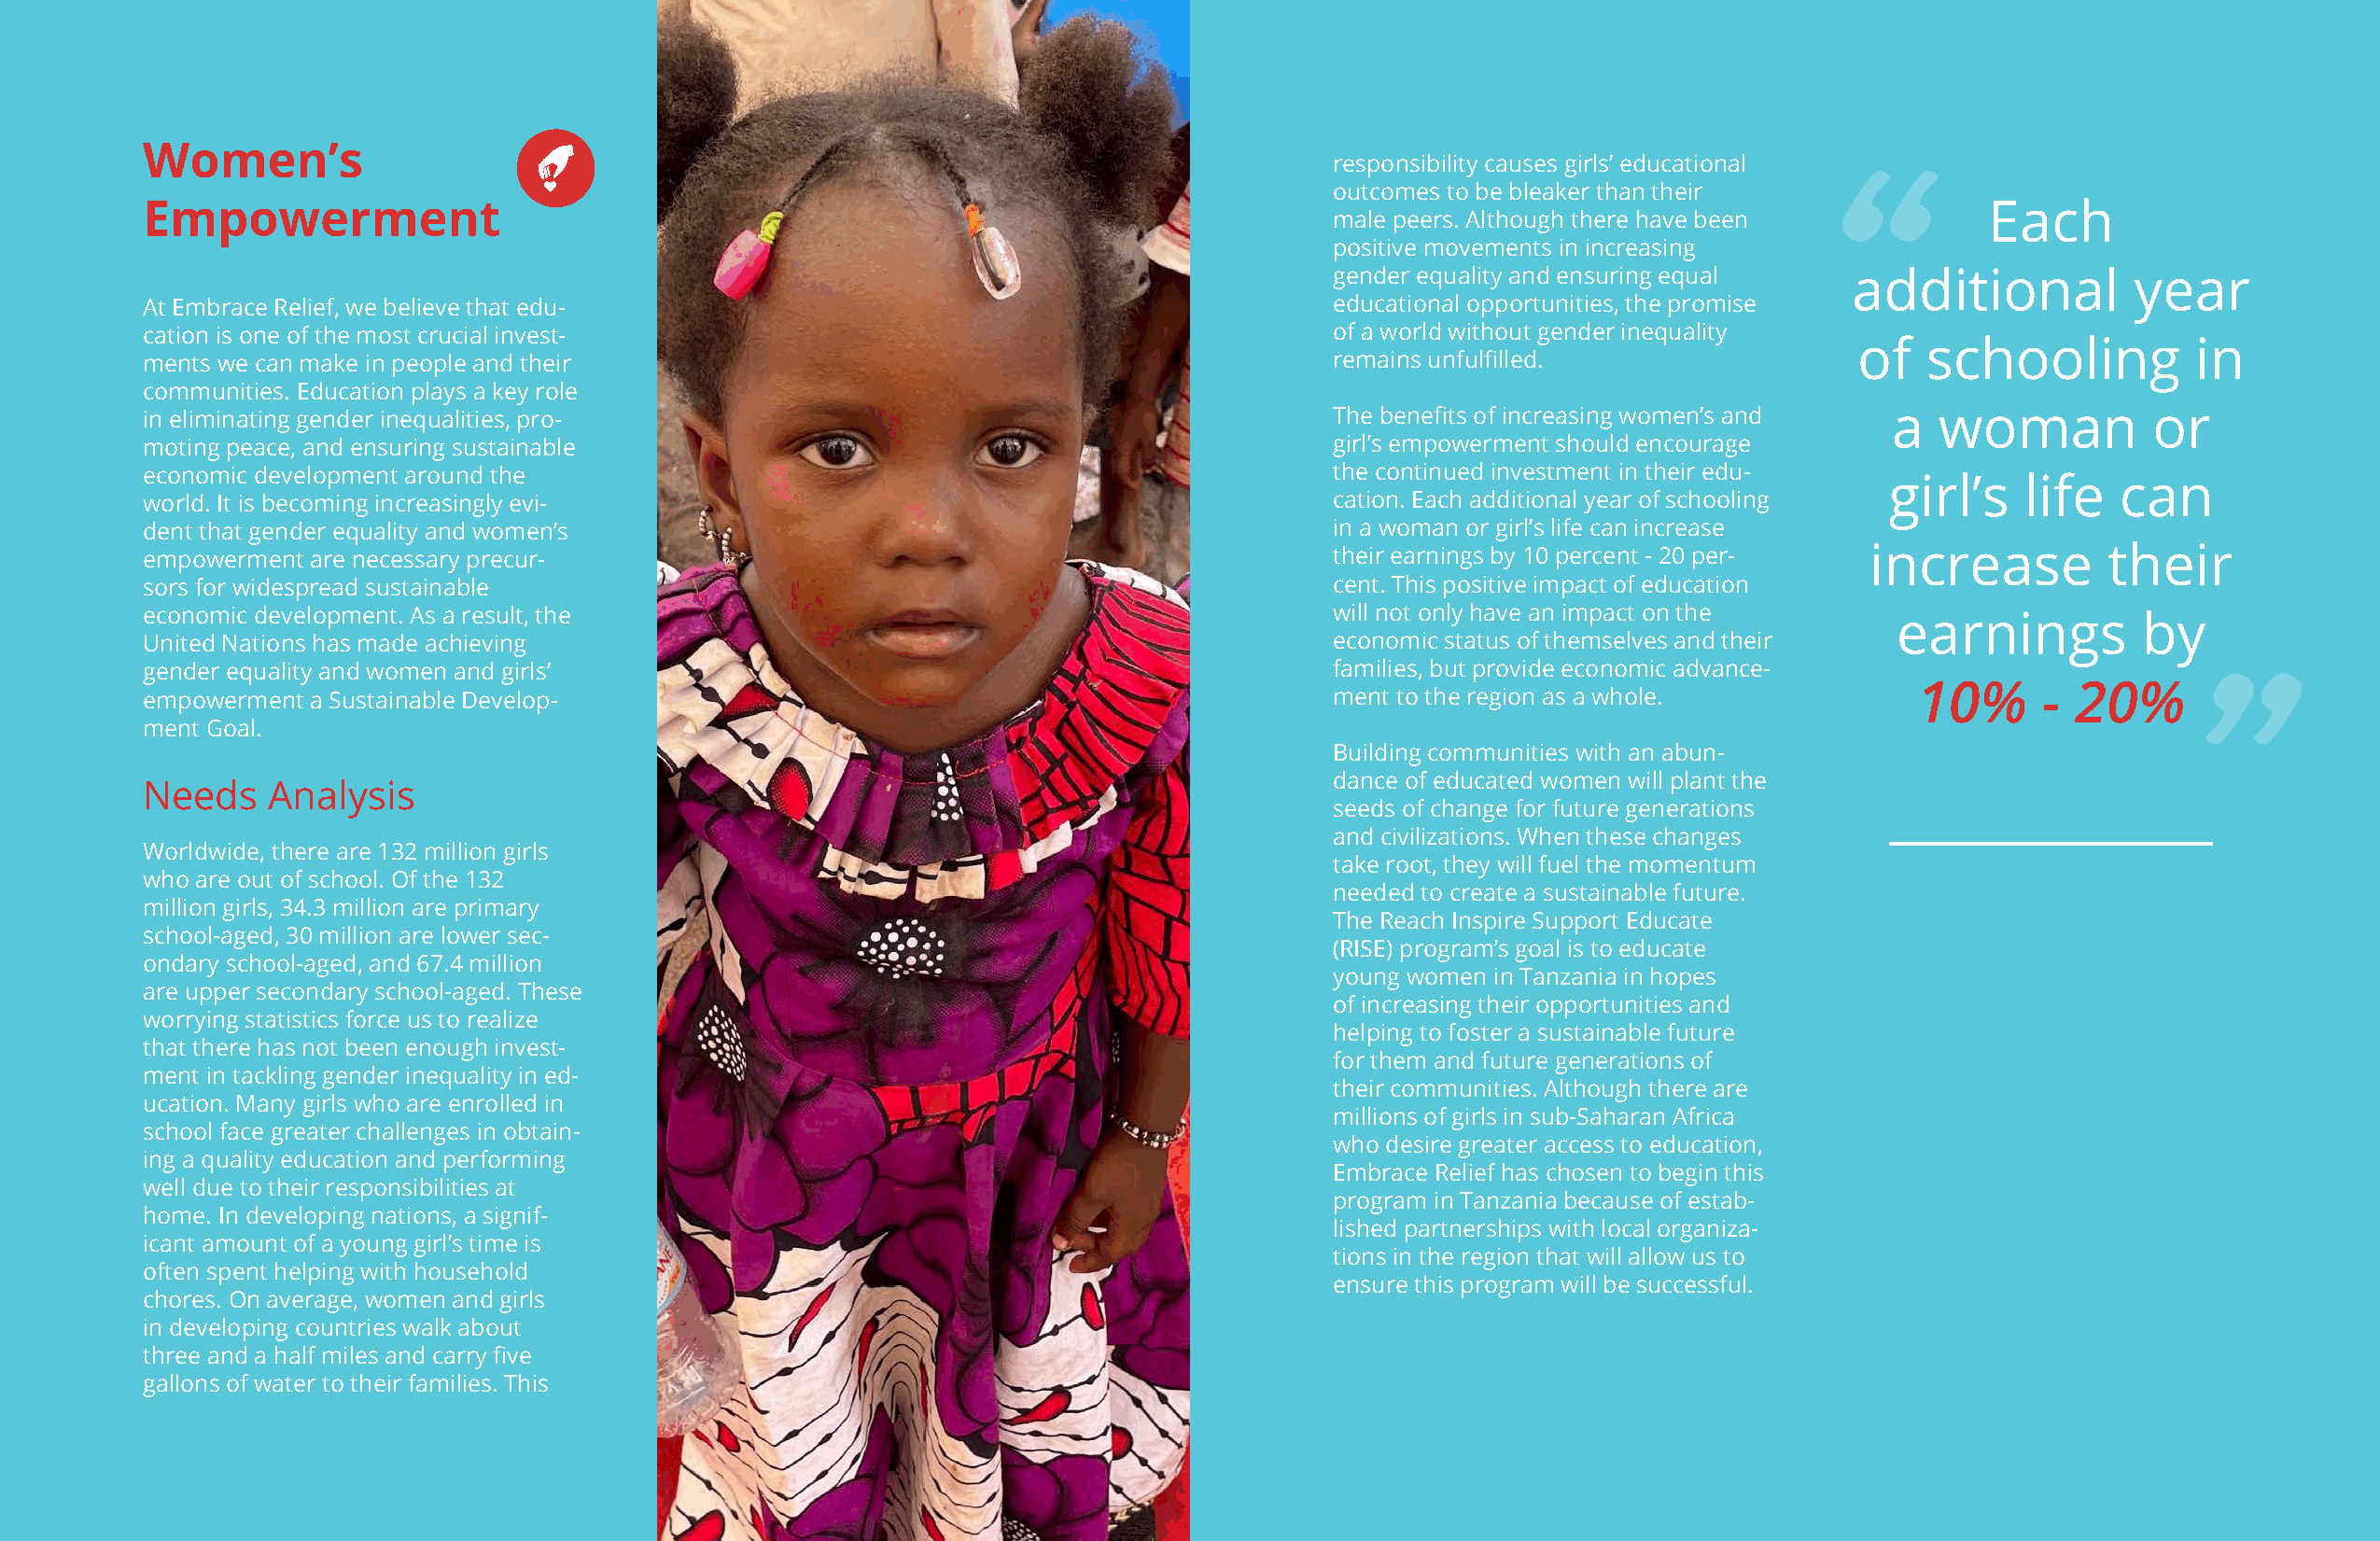
Women’s
 responsibility causes girls’ educational
 “
 outcomes to be bleaker than their
 Empowerment                                                                                                                        Each
 male peers. Although there have been
 positive movements in increasing
 gender equality and ensuring equal  additional          year
 At Embrace Relief, we believe that edu-                                              educational opportunities, the promise
 cation is one of the most crucial invest-                                            of a world without gender inequality
 of   schooling          in
 ments we can make in people and their                                                remains unfulfilled.
 communities. Education plays a key role
 “
 in eliminating gender inequalities, pro-                                             The benefits of increasing women’s and a  woman           or
 moting peace, and ensuring sustainable                                               girl’s empowerment should encourage
 economic development around the                                                      the continued investment in their edu-
 girl’s    life  can
 world. It is becoming increasingly evi-                                              cation. Each additional year of schooling
 dent that gender equality and women’s                                                in a woman or girl’s life can increase
 empowerment are necessary precur-                                                    their earnings by 10 percent - 20 per- increase        their
 sors for widespread sustainable                                                      cent. This positive impact of education
 economic development. As a result, the                                               will not only have an impact on the     earnings         by
 United Nations has made achieving                                                    economic status of themselves and their
 gender equality and women and girls’                                                 families, but provide economic advance-
 10%      - 20%
 empowerment a Sustainable Develop-                                                   ment to the region as a whole.
 ment Goal.
 Building communities with an abun-
 dance of educated women will plant the
 Needs    Analysis
 seeds of change for future generations
 and civilizations. When these changes
 Worldwide, there are 132 million girls
 take root, they will fuel the momentum
 who are out of school. Of the 132
 needed to create a sustainable future.
 million girls, 34.3 million are primary
 The Reach Inspire Support Educate
 school-aged, 30 million are lower sec-
 (RISE) program’s goal is to educate
 ondary school-aged, and 67.4 million
 young women in Tanzania in hopes
 are upper secondary school-aged. These
 of increasing their opportunities and
 worrying statistics force us to realize
 helping to foster a sustainable future
 that there has not been enough invest-
 for them and future generations of
 ment in tackling gender inequality in ed-
 their communities. Although there are
 ucation. Many girls who are enrolled in
 millions of girls in sub-Saharan Africa
 school face greater challenges in obtain-
 who desire greater access to education,
 ing a quality education and performing
 Embrace Relief has chosen to begin this
 well due to their responsibilities at
 program in Tanzania because of estab-
 home. In developing nations, a signif-
 lished partnerships with local organiza-
 icant amount of a young girl’s time is
 tions in the region that will allow us to
 often spent helping with household
 ensure this program will be successful.
 chores. On average, women and girls
 in developing countries walk about
 three and a half miles and carry five
 gallons of water to their families. This